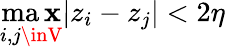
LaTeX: \operatorname*{ma\mathbf{x}}_{i,j\inV}|z_{i}-z_{j}|<2\eta